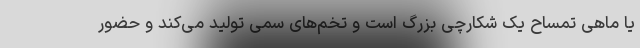
یا ماهی تمساح یک شکارچی بزرگ است و تخم‌های سمی تولید می‌کند و حضور